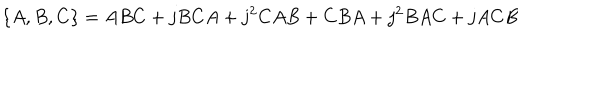
LaTeX: \{ A , B , C \} = A B C + j B C A + j ^ { 2 } C A B + C B A + j ^ { 2 } B A C + j A C B